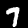
Label: 7